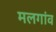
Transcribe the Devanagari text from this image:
मलगांव